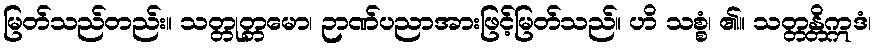
မြတ်သည်တည်း။ သတ္တုတ္တမော၊ ဉာဏ်ပညာအားဖြင့်မြတ်သည်။ ဟိ သစ္စံ၊ ၏။ သတ္တန္တိဣဒံ၊